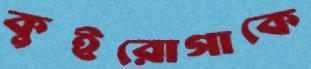
কুইরোগাকে